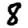
Digit: 8